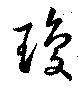
瓊